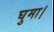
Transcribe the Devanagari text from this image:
घुमा।